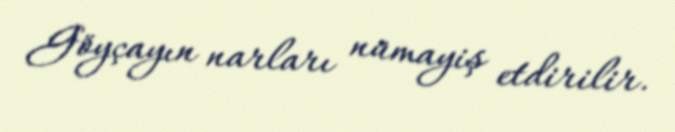
Göyçayın narları nümayiş etdirilir.